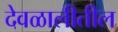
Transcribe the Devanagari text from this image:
देवळालीतील